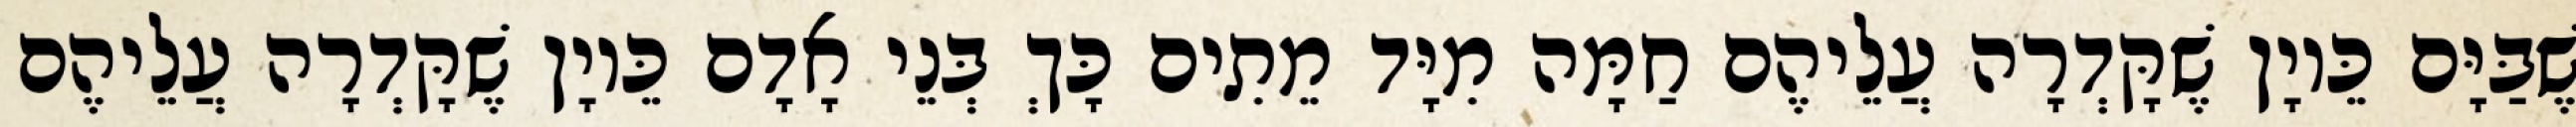
שֶׁבַּיָּם כֵּיוָן שֶׁקָּדְרָה עֲלֵיהֶם חַמָּה מִיָּד מֵתִים כָּךְ בְּנֵי אָדָם כֵּיוָן שֶׁקָּדְרָה עֲלֵיהֶם